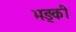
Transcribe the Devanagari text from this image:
भङ्की